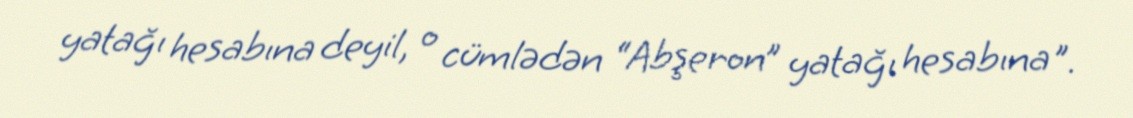
yatağı hesabına deyil, o cümlədən “Abşeron” yatağı hesabına".